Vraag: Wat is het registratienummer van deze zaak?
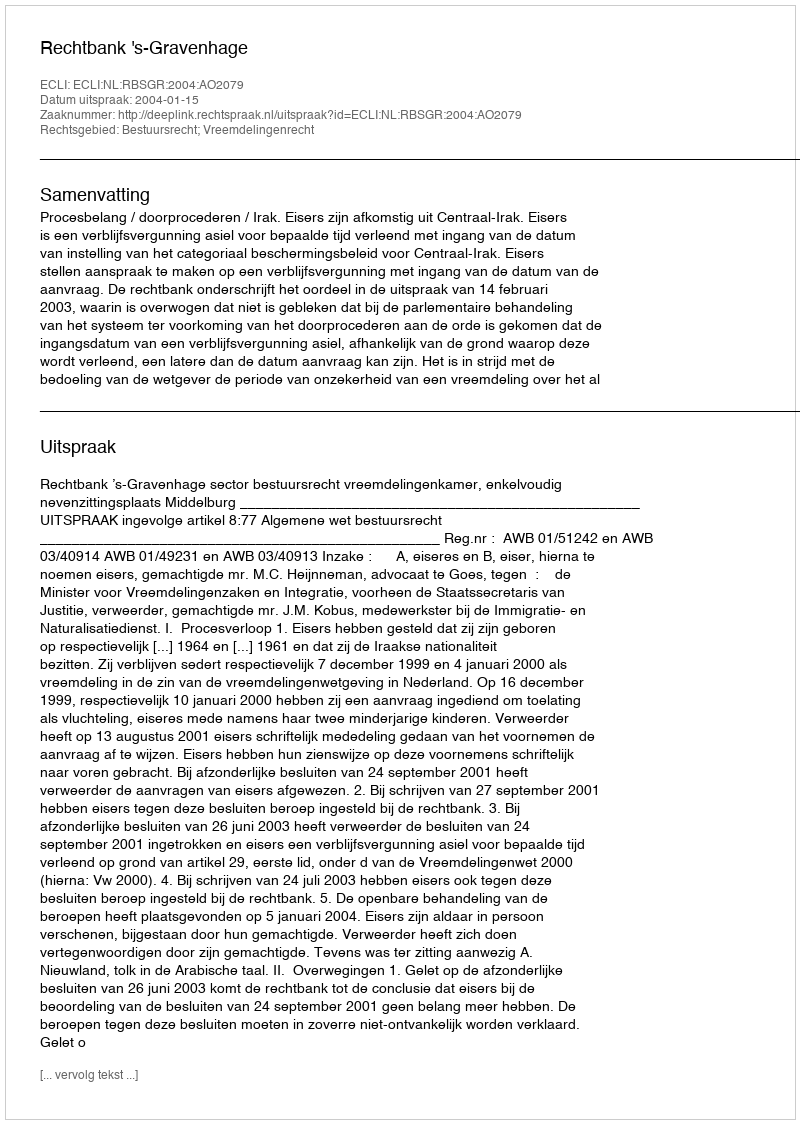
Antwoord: http://deeplink.rechtspraak.nl/uitspraak?id=ECLI:NL:RBSGR:2004:AO2079